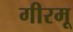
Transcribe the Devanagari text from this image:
गीरमू